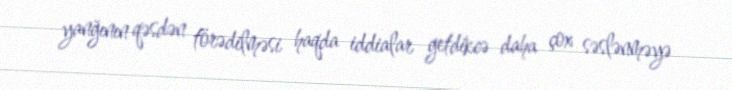
yanğının qəsdən törədilməsi haqda iddialar getdikcə daha çox səslənməyə